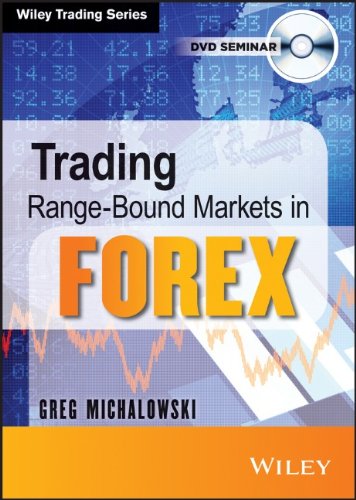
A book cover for Trading Range-Bound Markets in Forex; Greg Michalowski; Business & Money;